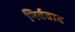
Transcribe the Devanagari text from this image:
निर्ववाद